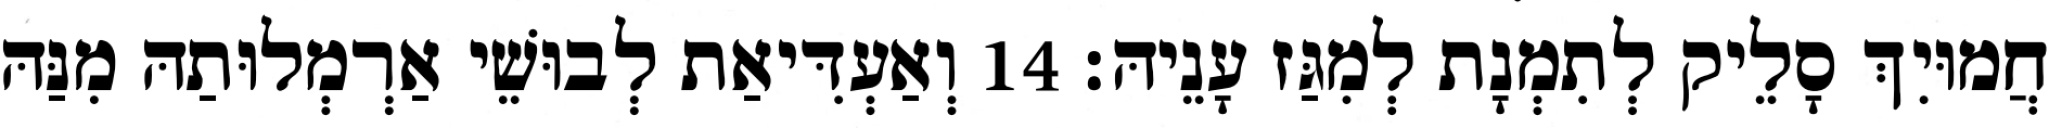
חֲמוּיִךְ סָלֵיק לְתִמְנָת לְמִגַּז עָנֵיהּ׃ 14 וְאַעְדִּיאַת לְבוּשֵׁי אַרְמְלוּתַהּ מִנַּהּ